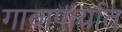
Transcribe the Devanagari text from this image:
गावापार्यात